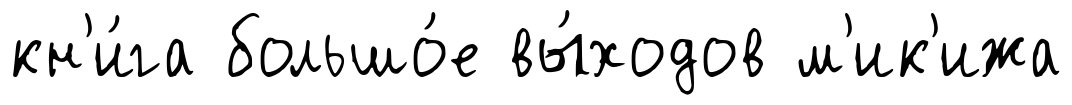
кн'и́га большо́е вы́ходов м'ик'ижа